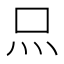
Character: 𤆗